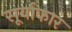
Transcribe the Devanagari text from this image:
सूर्याकार